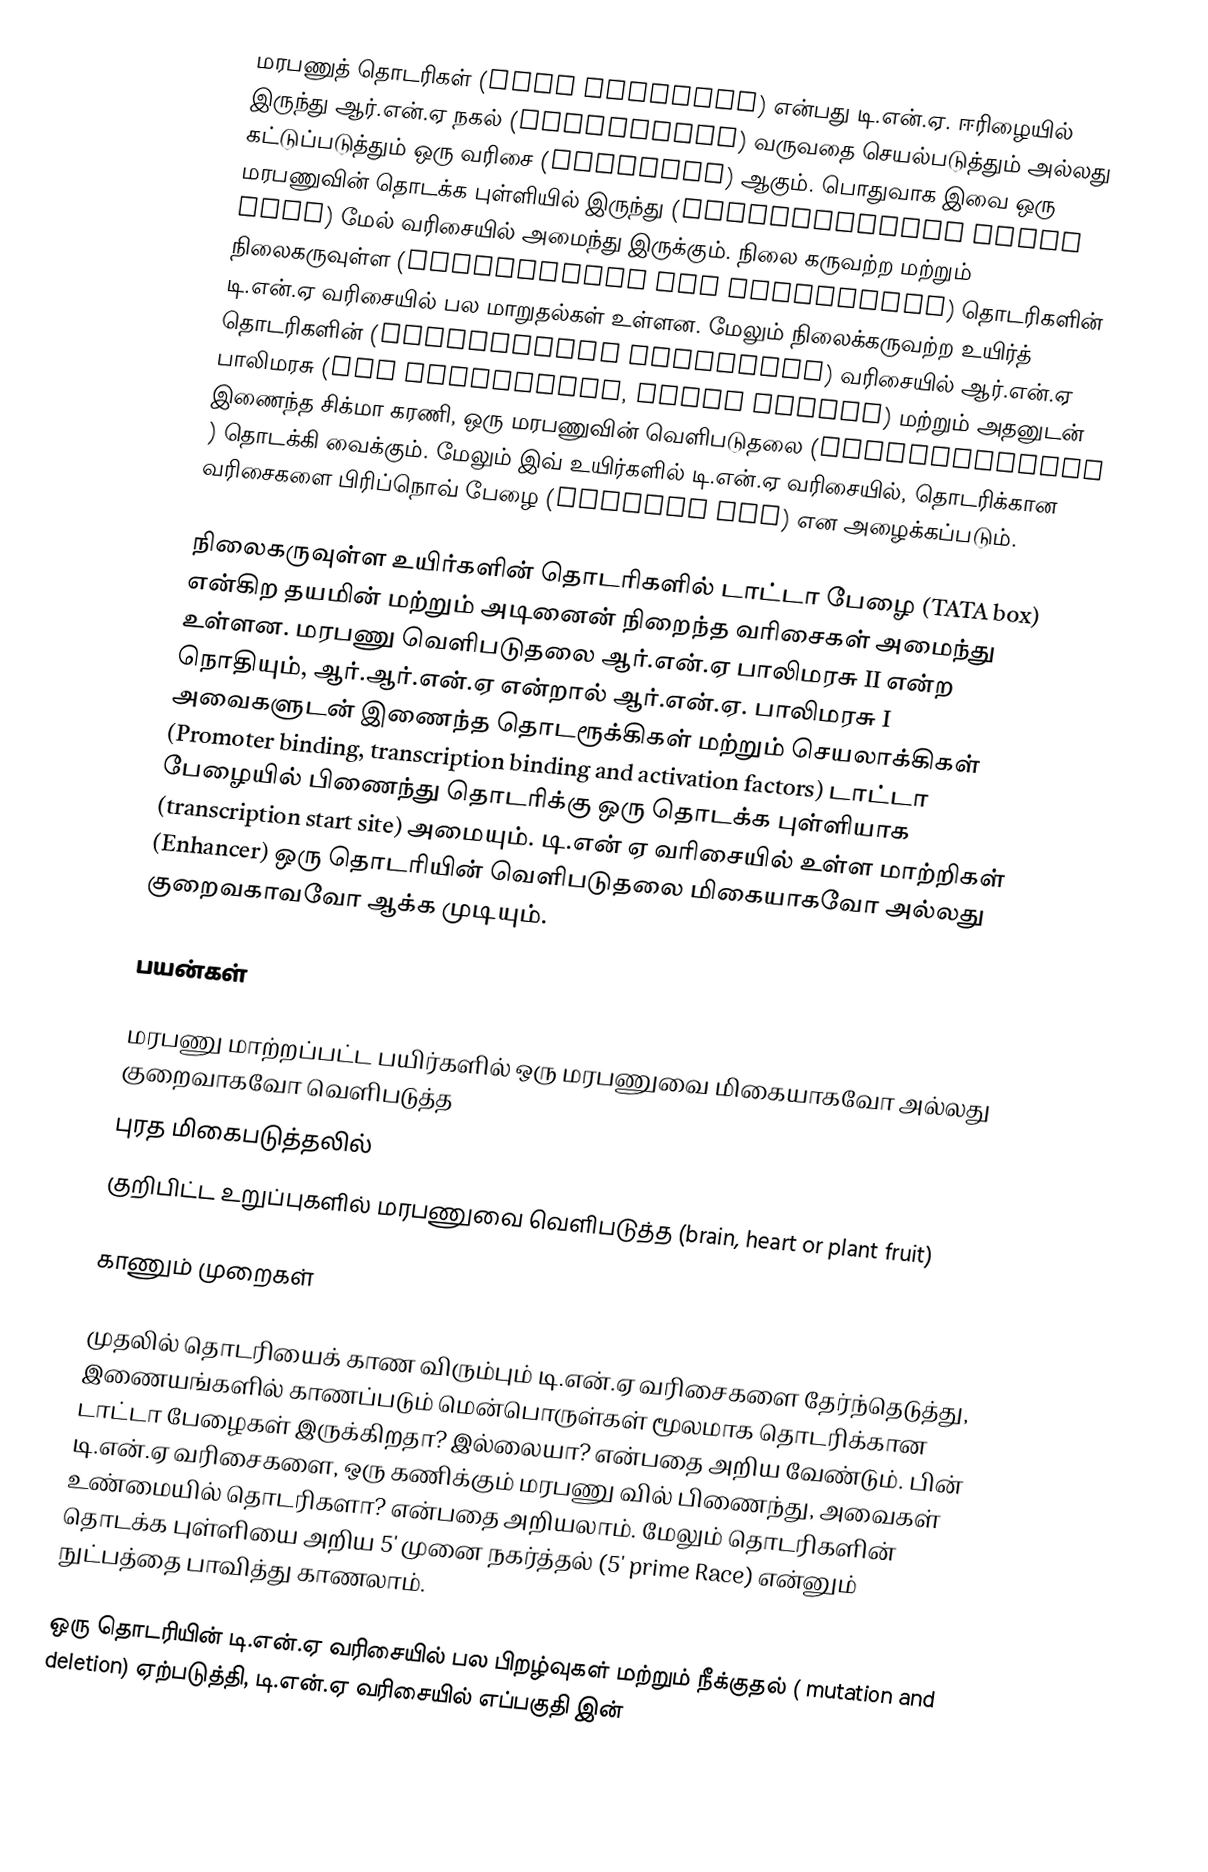
மரபணுத் தொடரிகள் (gene promoter) என்பது டி.என்.ஏ. ஈரிழையில் இருந்து ஆர்.என்.ஏ நகல் (transcript) வருவதை செயல்படுத்தும் அல்லது கட்டுப்படுத்தும் ஒரு வரிசை (sequence) ஆகும். பொதுவாக இவை ஒரு மரபணுவின் தொடக்க புள்ளியில் இருந்து (transcription start site) மேல் வரிசையில் அமைந்து இருக்கும். நிலை கருவற்ற மற்றும் நிலைகருவுள்ள (Prokaryotic and Eukaryotic) தொடரிகளின் டி.என்.ஏ வரிசையில் பல மாறுதல்கள் உள்ளன. மேலும் நிலைக்கருவற்ற உயிர்த் தொடரிகளின் (Prokaryotic Promoters)  வரிசையில் ஆர்.என்.ஏ பாலிமரசு (RNA polymerase, sigma factor) மற்றும் அதனுடன் இணைந்த சிக்மா கரணி, ஒரு மரபணுவின் வெளிபடுதலை (transcription )  தொடக்கி வைக்கும். மேலும் இவ் உயிர்களில் டி.என்.ஏ வரிசையில், தொடரிக்கான வரிசைகளை பிரிப்நொவ் பேழை (Pribnow box) என அழைக்கப்படும்.

நிலைகருவுள்ள உயிர்களின் தொடரிகளில் டாட்டா பேழை (TATA box) என்கிற தயமின் மற்றும் அடினைன் நிறைந்த வரிசைகள் அமைந்து உள்ளன. மரபணு வெளிபடுதலை ஆர்.என்.ஏ பாலிமரசு II என்ற நொதியும், ஆர்.ஆர்.என்.ஏ என்றால் ஆர்.என்.ஏ. பாலிமரசு I  அவைகளுடன் இணைந்த தொடரூக்கிகள் மற்றும் செயலாக்கிகள் (Promoter binding, transcription binding and activation factors) டாட்டா பேழையில் பிணைந்து தொடரிக்கு ஒரு தொடக்க புள்ளியாக (transcription start site) அமையும். டி.என் ஏ வரிசையில் உள்ள மாற்றிகள் (Enhancer) ஒரு தொடரியின் வெளிபடுதலை மிகையாகவோ அல்லது குறைவகாவவோ ஆக்க முடியும்.

பயன்கள்

 மரபணு மாற்றப்பட்ட பயிர்களில் ஒரு மரபணுவை மிகையாகவோ அல்லது குறைவாகவோ வெளிபடுத்த
 புரத மிகைபடுத்தலில்
 குறிபிட்ட உறுப்புகளில் மரபணுவை வெளிபடுத்த (brain, heart or plant fruit)

காணும் முறைகள்

முதலில் தொடரியைக் காண விரும்பும் டி.என்.ஏ வரிசைகளை தேர்ந்தெடுத்து, இணையங்களில் காணப்படும் மென்பொருள்கள் மூலமாக தொடரிக்கான டாட்டா பேழைகள் இருக்கிறதா? இல்லையா? என்பதை அறிய வேண்டும். பின் டி.என்.ஏ வரிசைகளை, ஒரு கணிக்கும் மரபணு  வில் பிணைந்து, அவைகள் உண்மையில் தொடரிகளா? என்பதை அறியலாம். மேலும் தொடரிகளின் தொடக்க புள்ளியை அறிய 5' முனை நகர்த்தல் (5' prime Race) என்னும் நுட்பத்தை பாவித்து காணலாம்.

ஒரு தொடரியின் டி.என்.ஏ வரிசையில் பல பிறழ்வுகள் மற்றும் நீக்குதல் ( mutation and deletion) ஏற்படுத்தி, டி.என்.ஏ வரிசையில் எப்பகுதி இன்